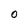
Character: O